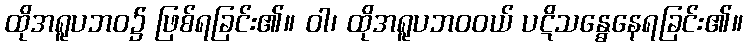
ထိုအရူပဘဝ၌ ဖြစ်ရခြင်း၏။ ဝါ၊ ထိုအရူပဘဝဝယ် ပဋိသန္ဓေနေရခြင်း၏။